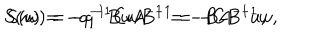
S ( u ) = - q ^ { - 1 } B u A ^ { - 1 } = - B A ^ { - 1 } u , \hspace { 5 m m } S ( w ) = - q ^ { - 1 } C w B ^ { - 1 } = - C B ^ { - 1 } w ,